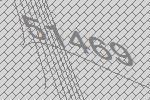
51469